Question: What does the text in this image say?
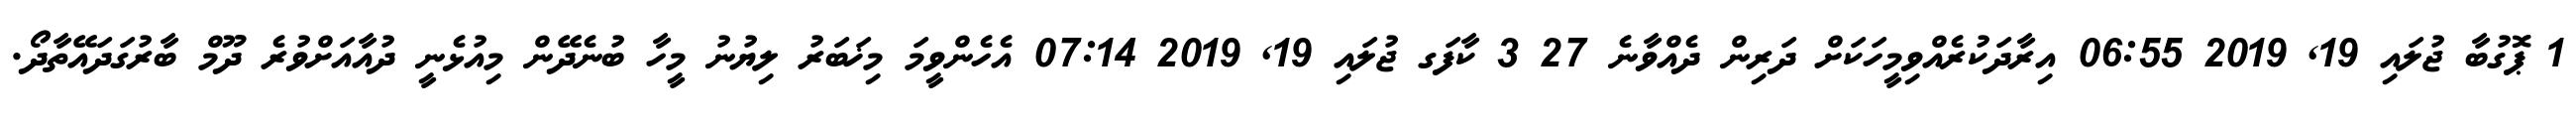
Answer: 1 ޕޮގުބާ ޖުލައި 19, 2019 06:55 އިރާދަކުރެއްވިމީހަކަށް ދަރިން ދެއްވާނެ 27 3 ކާފަގ ޖުލައި 19, 2019 07:14 އެހެންވީމަ މިޚަބަރު ލިޔުނު މީހާ ބުނެދޭން މިއުޅެނީ ދުއާއަށްވުރެ ދޫމް ބާރުގަދައޭތާދޯ.